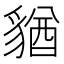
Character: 𧳫